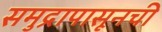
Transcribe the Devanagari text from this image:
समुद्रापासूनची